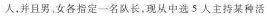
人，并且男、女各指定一名队长.现从中选s人主持某种活